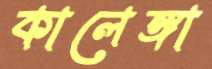
কালেঙ্গা